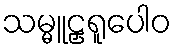
သမ္မူဠှရူပေါဝ